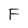
Character: F